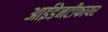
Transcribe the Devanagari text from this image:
आईडेनटीफायर